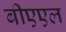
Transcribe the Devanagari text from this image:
बीएएल